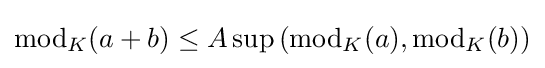
\operatorname {mod} _{K}(a+b)\leq A\sup \left(\operatorname {mod} _{K}(a),\operatorname {mod} _{K}(b)\right)